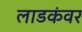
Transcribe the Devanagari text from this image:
लाडकंवर